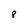
Character: 8